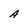
Character: A